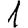
Digit: 1